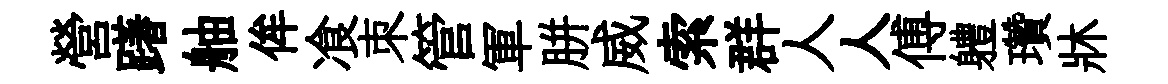
營躇舳侔飡朿管軍胼威索群人人傅軆瓚牀